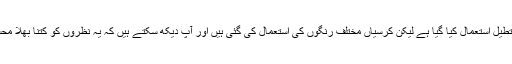
اس میں میز مستطیل استعمال کیا گیا ہے لیکن کرسیاں مختلف رنگوں کی استعمال کی گئی ہیں اور آپ دیکھ سکتے ہیں کہ یہ نظروں کو کتنا بھلا محسوس ہورہا ہے۔